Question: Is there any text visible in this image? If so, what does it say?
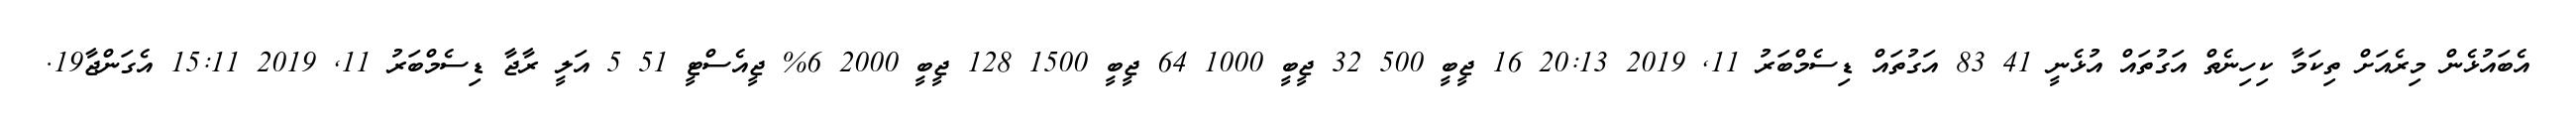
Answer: އެބައުޅެން މިރެއަށް ތިކަމާ ކިހިނެތް އަގުތައް އުޅެނީ 41 83 އަގުތައް ޑިސެމްބަރު 11, 2019 20:13 16 ޖީބީ 500 32 ޖީބީ 1000 64 ޖީބީ 1500 128 ޖީބީ 2000 6% ޖީއެސްޓީ 51 5 އަލީ ރާޖާ ޑިސެމްބަރު 11, 2019 15:11 އެގަންޖާ19.